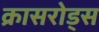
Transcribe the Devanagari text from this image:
क्रासरोड्स